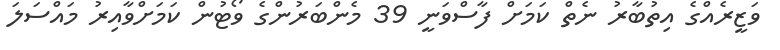
ވަޒީރެއްގެ އިތުބާރު ނެތް ކަމަށް ފާސްވަނީ 39 މެންބަރުންގެ ވޯޓުން ކަމަށްވާއިރު މައްސަލަ